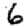
Digit: 6